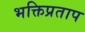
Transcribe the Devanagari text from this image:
भक्तिप्रताप